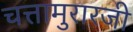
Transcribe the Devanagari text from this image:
चत्तामुरारजी